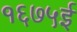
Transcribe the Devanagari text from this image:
१६७५ई